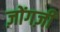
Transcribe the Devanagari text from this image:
ज़ोंगज़ी